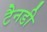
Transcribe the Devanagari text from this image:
टैनडी